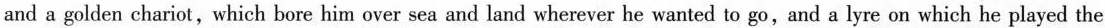
and a golden chariot,which bore him over sea and land wherever he wanted to go,and a lyre on which he played the